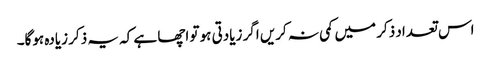
اس تعداد ذکر میں کمی نہ کریں اگر زیادتی ہو تو اچھا ہے کہ یہ ذکر زیادہ ہوگا۔